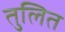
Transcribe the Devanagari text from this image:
तुलित